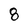
Character: 8